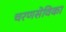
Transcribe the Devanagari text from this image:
चरणसेविका